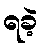
ရခဲ့